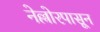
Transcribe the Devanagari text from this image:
नेल्लोरपासून